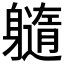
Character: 𲄭